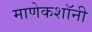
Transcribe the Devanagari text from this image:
माणेकशॉनी